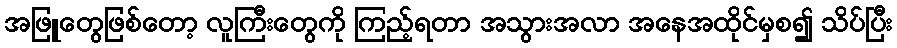
အဖြူတွေဖြစ်တော့ လူကြီးတွေကို ကြည့်ရတာ အသွားအလာ အနေအထိုင်မှစ၍ သိပ်ပြီး